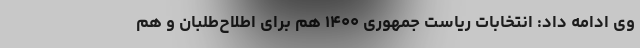
وی ادامه داد: انتخابات ریاست جمهوری ۱۴۰۰ هم برای اطلاح‌طلبان و هم